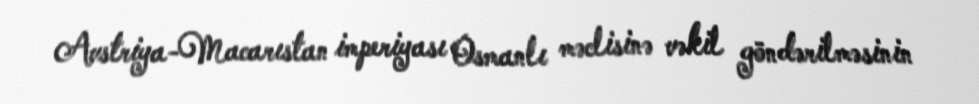
Avstriya-Macarıstan imperiyası Osmanlı məclisinə vəkil göndərilməsinin